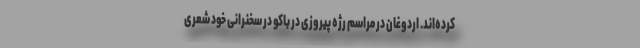
کرده‌اند. اردوغان در مراسم رژه پیروزی در باکو در سخنرانی خود شعری